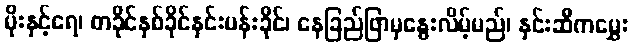
မိုးနှင့်ရေ၊ တခိုင်နှစ်ခိုင်နှင်းပန်းခိုင်၊ နေခြည်ဖြာမှနွေးလိမ့်မည်၊ နှင်းဆီကမွှေး